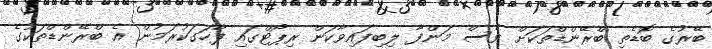
ބޭރުގެ ބޮޑެތި ބްރޭންޑްތަކަށް ވެސް މަންފާ ލިބިފައިވާކަން ރިޕޯޓްގައި ފާހަގަކުރަމުން އެ ބްރޭންޑްތަކުގެ